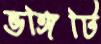
ভঙ্গিটি